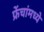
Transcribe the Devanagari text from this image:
फ्रेंचांमध्ये